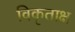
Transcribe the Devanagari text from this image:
विकृताक्ष